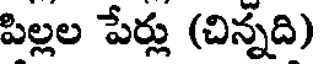
పిల్లల పేర్లు (చిన్నది)